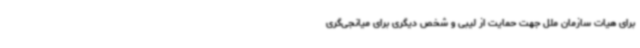
برای هیات سازمان ملل جهت حمایت از لیبی و شخص دیگری برای میانجی‌گری